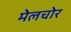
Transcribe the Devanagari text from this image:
मेलचोर